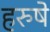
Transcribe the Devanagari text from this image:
हरुषे